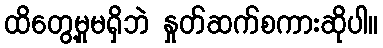
ထိတွေ့မှုမရှိဘဲ နှုတ်ဆက်စကားဆိုပါ။